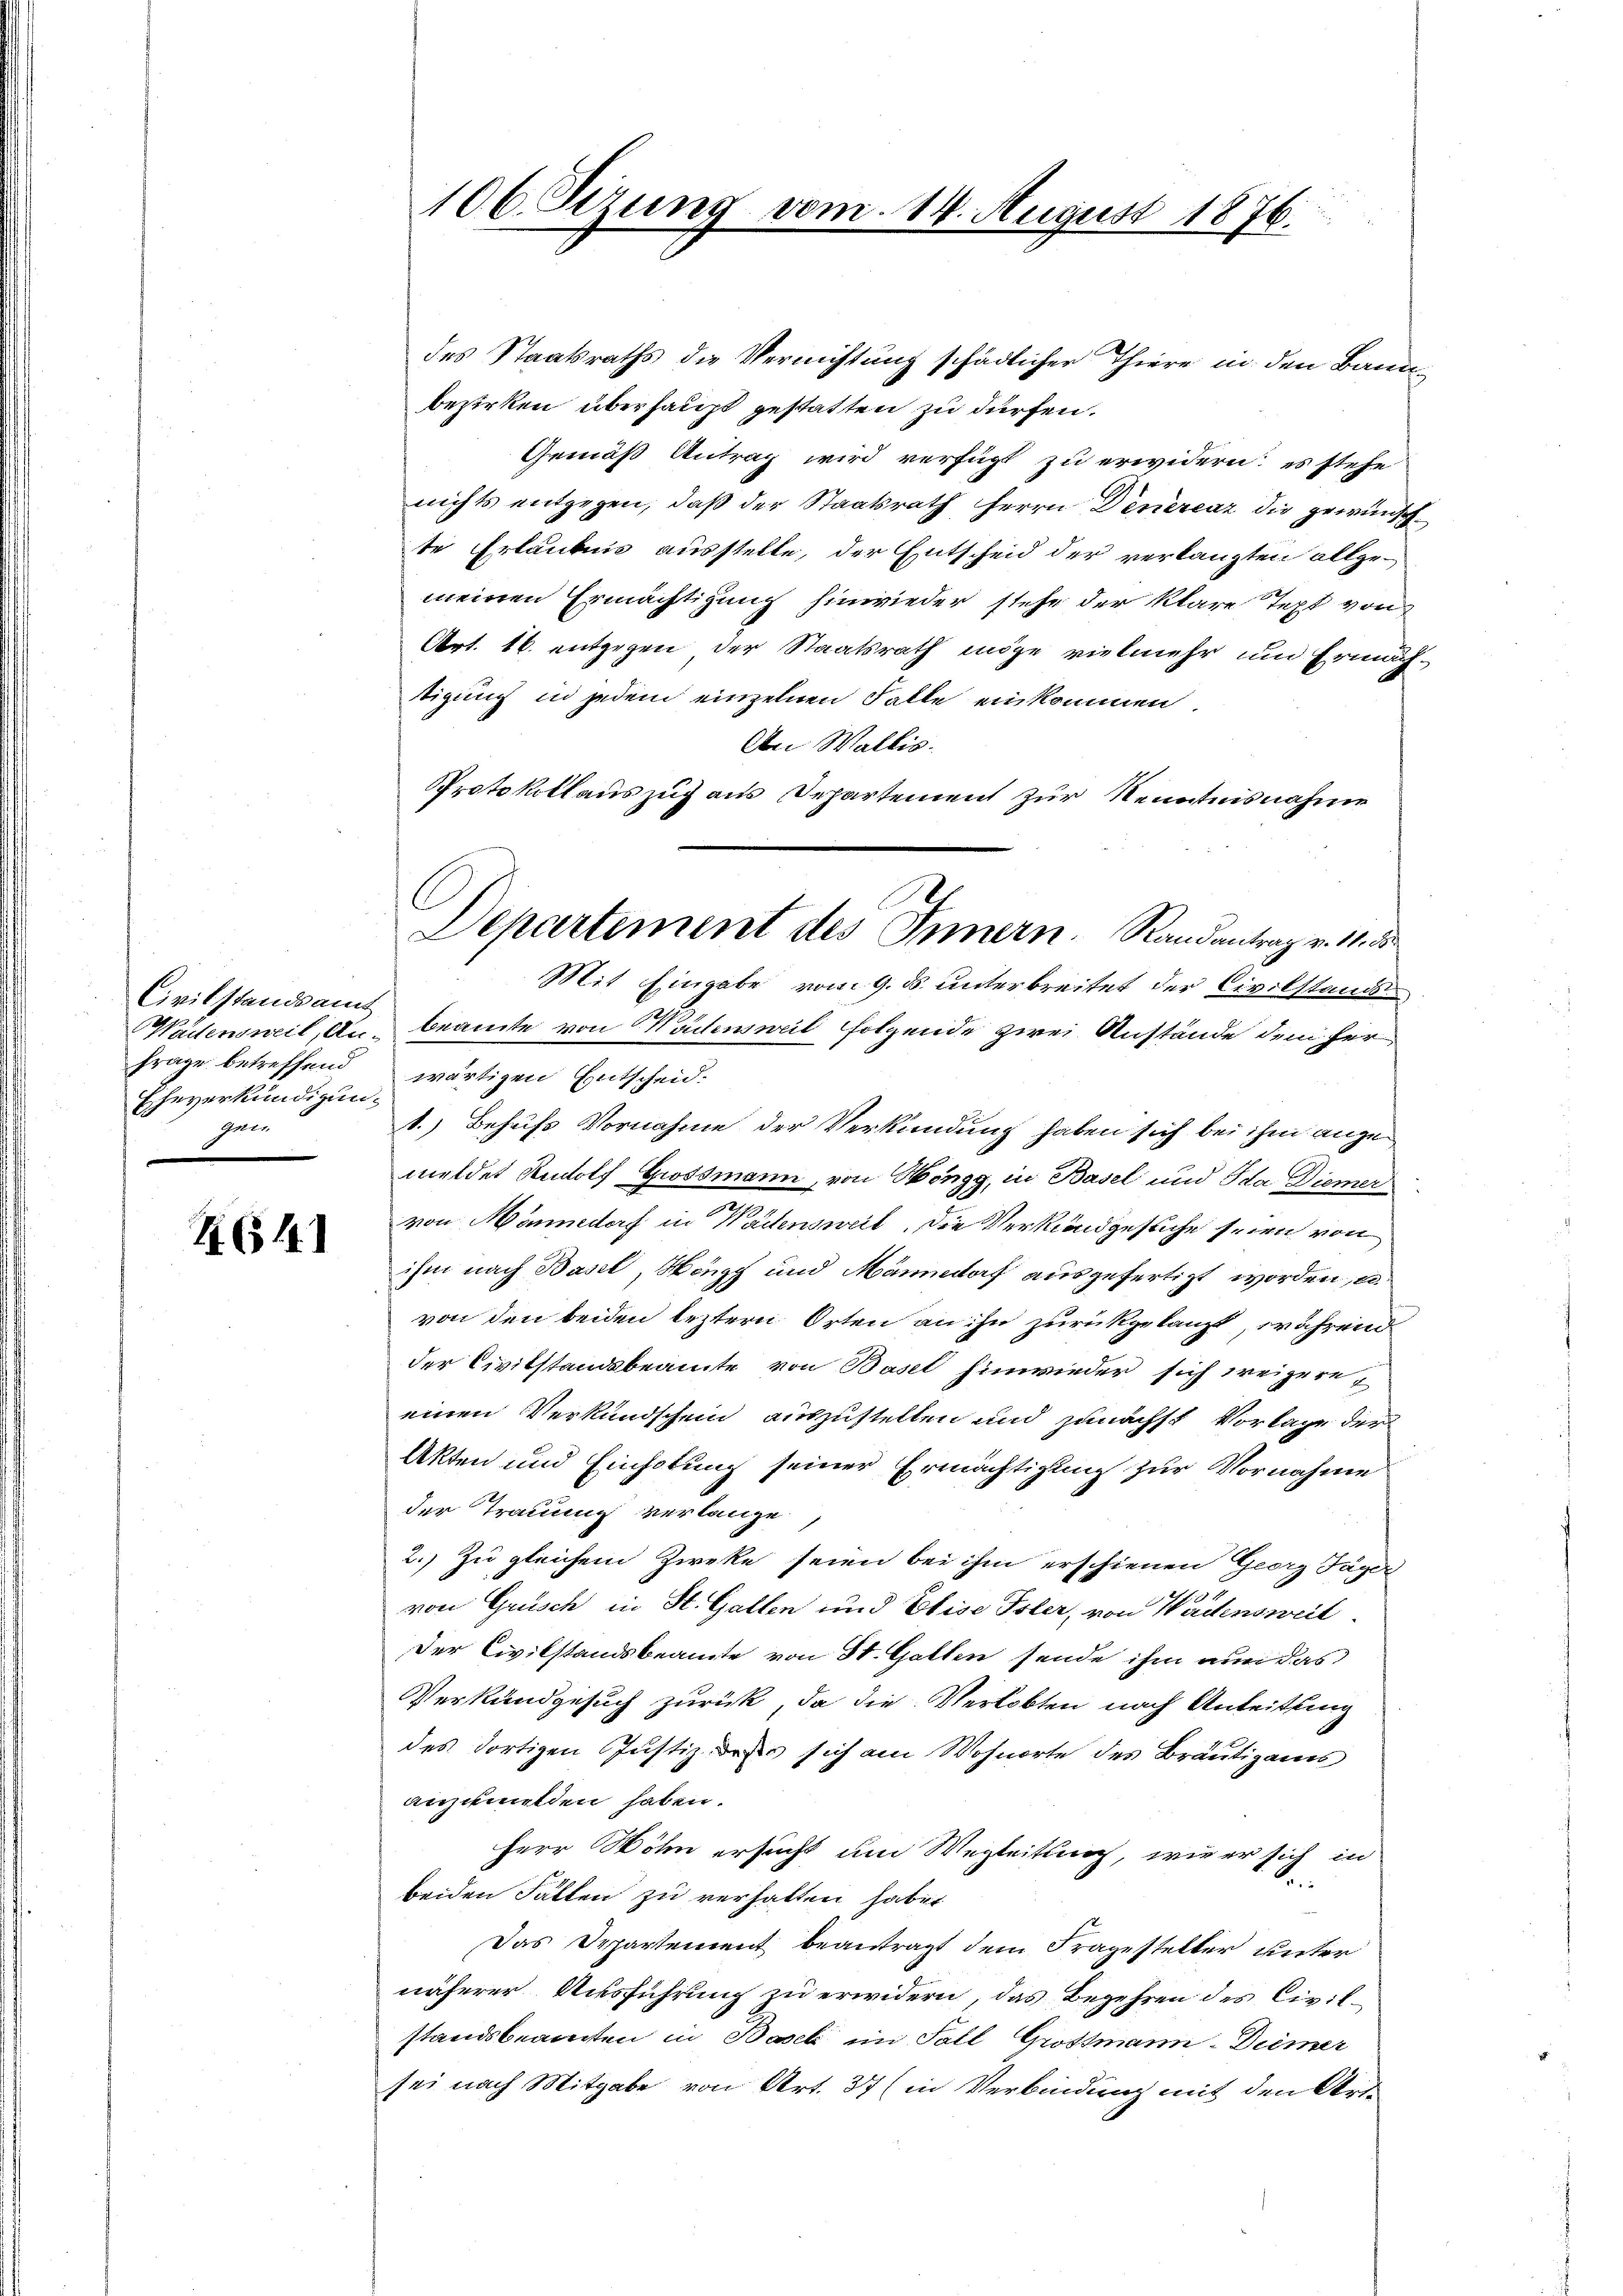
Civilstandsamt
frage betreffend
Eheverkündigun¬
Gener

14 (141

des Staatsraths die Vernichtung schädlicher Thiere in den Bauerbezirken überhaupt gestatten zu dürfen.
Gemäß Antrag wird verfügt zu erwidern; es stehe
nichts entgegen, daß der Staatsrath Herrn Dinerenz die gewünschte Erlaubnis ausstelle, der Entscheid der verlangten allgemeinen Ermächtigung hinwieder stehe der klare Text von
Art. 16. entgegen der Staatsrath möge vielmehr um Ermächtigung in jedem einzelnen Falle einkommen.
An Wallis.
Protokollauszug aus Departement zur Kenntnisnahme
Mit Eingabe vom 9. ds. unterbreitet der Civilstands¬
Wadensweil, An beamte von Wädenweil folgende zwei Anstände dem her
wärtigen Entscheid.
1.) Behufs Vornahme der Verkündung haben sich bei ihm angemeldet Rudolf Grossmann, von Höngg, in Basel und Ida Diemer
von Männedorf in Wartensweil, die Verkundgesuche seien von
ihm nach Basel, Höngg und Männedorf ausgefertigt worden u
von den beiden leztern Orten an ihn zurückgelangt, während
der Civilstandsbeamte von Basel hinwieder sich weigereeinen Verkundschein auszustellen und zunächst Vorlage der
Akten und Einholung seiner Ermächtigung zur Vornahme
der Trauung verlange
2.) Zu gleichem Zweke seien bei ihm erschienen Georg Tagel
von Grüsch in St. Gallen und Elise Toler, von Wadensweil
Der Civilstandsbeamte von St. Gallen sende ihm nun das
Verlandgesuch zurück, da die Verlobten nach Anleitung
des dortigen Justiz, dass sich am Wohnorte des Bräutigams
anzumelden haben.
Herr Wöhn ersucht um Wegleitsnach, wie er sich in
e
beiden Fällen zu verhalten habe.
Das Departement beantragt dem Fragesteller unter
näherer Ausführung zu erwidern, das Begehren des Civilstandsbeamten in Basel im Fall Chrostmann. Diemer
sei nach Mitgabe von Art. 37 (in Verbindung mit den Art.

106. Sezung vom 14. August 1876.

Departement des Innern. Randantrag v. 11. ds.